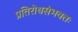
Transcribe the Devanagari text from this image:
प्रतिरोधसंभवतः